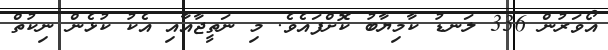
އޯވަރުން 336 ލަނޑު ކާމިޔާބު ކޮށްފައެވެ. މި ނަތީޖާއާއި އެކު ކުޅެން ނިކުތް